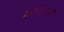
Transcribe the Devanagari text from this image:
मरान्हाओ